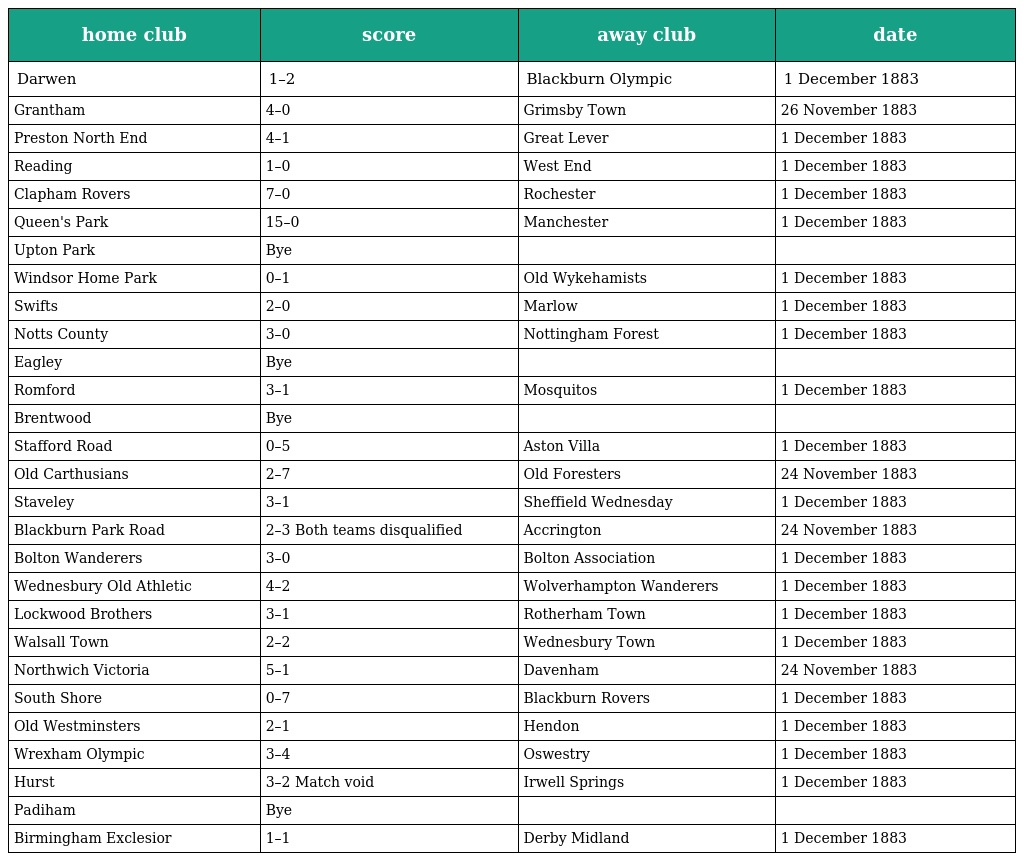
| home club | score | away club | date |
 | --- | --- | --- | --- |
 | Darwen | 1–2 | Blackburn Olympic | 1 December 1883 |
 | Grantham | 4–0 | Grimsby Town | 26 November 1883 |
 | Preston North End | 4–1 | Great Lever | 1 December 1883 |
 | Reading | 1–0 | West End | 1 December 1883 |
 | Clapham Rovers | 7–0 | Rochester | 1 December 1883 |
 | Queen's Park | 15–0 | Manchester | 1 December 1883 |
 | Upton Park | Bye |  |  |
 | Windsor Home Park | 0–1 | Old Wykehamists | 1 December 1883 |
 | Swifts | 2–0 | Marlow | 1 December 1883 |
 | Notts County | 3–0 | Nottingham Forest | 1 December 1883 |
 | Eagley | Bye |  |  |
 | Romford | 3–1 | Mosquitos | 1 December 1883 |
 | Brentwood | Bye |  |  |
 | Stafford Road | 0–5 | Aston Villa | 1 December 1883 |
 | Old Carthusians | 2–7 | Old Foresters | 24 November 1883 |
 | Staveley | 3–1 | Sheffield Wednesday | 1 December 1883 |
 | Blackburn Park Road | 2–3 Both teams disqualified | Accrington | 24 November 1883 |
 | Bolton Wanderers | 3–0 | Bolton Association | 1 December 1883 |
 | Wednesbury Old Athletic | 4–2 | Wolverhampton Wanderers | 1 December 1883 |
 | Lockwood Brothers | 3–1 | Rotherham Town | 1 December 1883 |
 | Walsall Town | 2–2 | Wednesbury Town | 1 December 1883 |
 | Northwich Victoria | 5–1 | Davenham | 24 November 1883 |
 | South Shore | 0–7 | Blackburn Rovers | 1 December 1883 |
 | Old Westminsters | 2–1 | Hendon | 1 December 1883 |
 | Wrexham Olympic | 3–4 | Oswestry | 1 December 1883 |
 | Hurst | 3–2 Match void | Irwell Springs | 1 December 1883 |
 | Padiham | Bye |  |  |
 | Birmingham Exclesior | 1–1 | Derby Midland | 1 December 1883 |